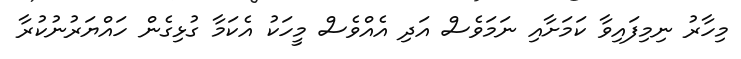
މިހާރު ނިމިފައިވާ ކަމަށާއި ނަމަވެސް އަދި އެއްވެސް މީހަކު އެކަމާ ގުޅިގެން ހައްޔަރުނުކުރާ